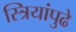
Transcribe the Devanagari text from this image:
स्त्रियांपुढे